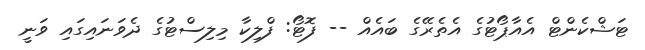
ޓަޝްކެންޓް އެއާޕޯޓުގެ އެތެރޭގެ ބައެއް -- ފޮޓޯ: ފްލިކާ މިލިސްޓުގެ ދެވަނައިގައި ވަނީ